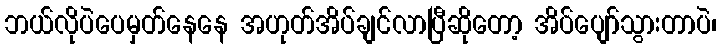
ဘယ်လိုပဲပေမှတ်နေနေ အဟုတ်အိပ်ချင်လာပြီဆိုတော့ အိပ်ပျော်သွားတာပဲ၊